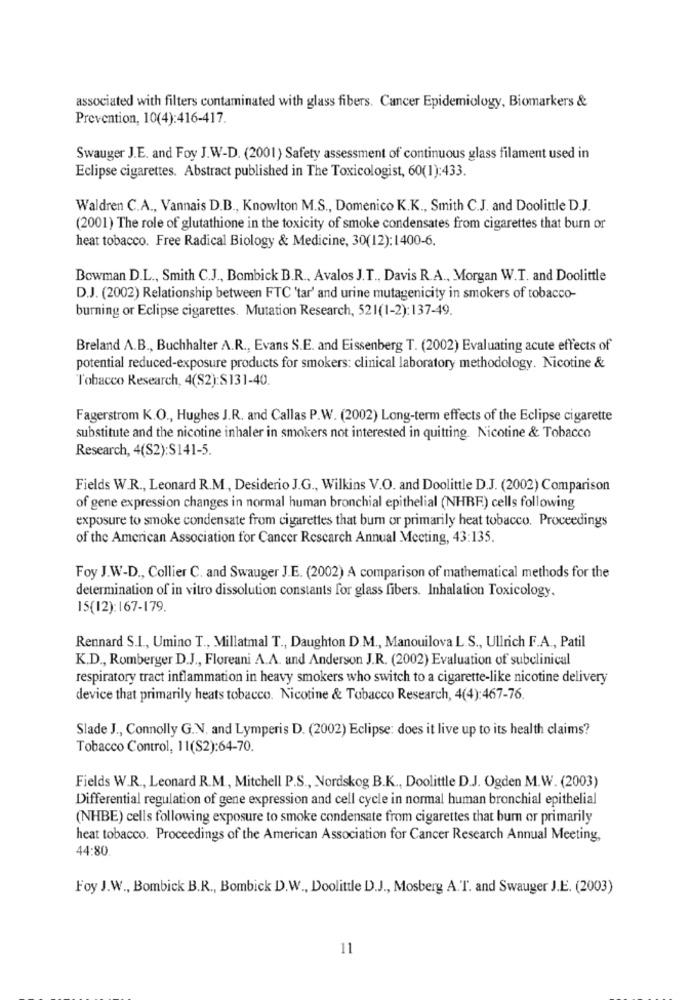
associated with filters contaminated with glass fibers. Cancer Epidemiology, Biomarkers &
Prevention, 10(4):416-417.
Swauger J.E. and Foy J.W-D. (2001) Safety assessment of continuous glass filament used in
Eclipse cigarettes. Abstract published in The Toxicologist, 60(1):433.
Waldren C.A ., Vannais D.B ., Knowlton M.S ., Domenico K.K ., Smith C.J. and Doolittle D.J.
(2001) The role of glutathione in the toxicity of smoke condensates from cigarettes that burn or
heat tobacco. Free Radical Biology & Medicine, 30(12):1400-6.
Bowman D.L ., Smith C.J ., Bombick B.R ., Avalos J.T ., Davis R.A ., Morgan W.T. and Doolittle
D.J. (2002) Relationship between FTC 'tar' and urine mutagenicity in smokers of tobacco-
burning or Eclipse cigarettes. Mutation Research, 521(1-2):137-49.
Breland A.B ., Buchhalter A.R ., Evans S.E. and Eissenberg T. (2002) Evaluating acute effects of
potential reduced-exposure products for smokers: clinical laboratory methodology. Nicotine &
Tobacco Research, 4(S2):$131-40.
Fagerstrom K.O ., Hughes J.R. and Callas P.W. (2002) Long-term effects of the Eclipse cigarette
substitute and the nicotine inhaler in smokers not interested in quitting. Nicotine & Tobacco
Research, 4(S2):S141-5.
Fields W.R ., Leonard R.M ., Desiderio J.G ., Wilkins V.O. and Doolittle D.J. (2002) Comparison
of gene expression changes in normal human bronchial epithelial (NHRF) cells following
exposure to smoke condensate from cigarettes that bum or primarily heat tobacco. Proceedings
of the American Association for Cancer Research Annual Meeting, 43:135.
Foy J.W-D ., Collier C. and Swauger J.E. (2002) A comparison of mathematical methods for the
determination of in vitro dissolution constants for glass fibers. Inhalation Toxicology.
15(12):167-179.
Rennard S.L ., Umino T ., Millatmal T ., Daughton D.M ., Manouilova L.S ., Ullrich F.A ., Patil
K.D ., Romberger D.J ., Floreani A.A. and Anderson J.R. (2002) Evaluation of subclinical
respiratory tract inflammation in heavy smokers who switch to a cigarette-like nicotine delivery
device that primarily heats tobacco. Nicotine & Tobacco Research, 4(4):467-76.
Slade J ., Connolly G.N. and Lymperis D. (2002) Eclipse: does it live up to its health claims?
Tobacco Control, 11(S2):64-70.
Fields W.R ., Leonard R.M ., Mitchell P.S ., Nordskog B.K ., Doolittle D.J. Ogden M.W.(2003)
Differential regulation of gene expression and cell cycle in normal human bronchial epithelial
(NHBE) cells following exposure to smoke condensate from cigarettes that bum or primarily
heat tobacco. Proceedings of the American Association for Cancer Research Annual Meeting,
44:80
Foy J.W ., Bombick B.R ., Bombick D.W ., Doolittle D.J ., Mosberg A. T. and Swauger J.E. (2003)
11